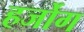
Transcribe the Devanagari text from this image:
हर्जोग